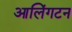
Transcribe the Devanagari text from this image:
आलिंगटन